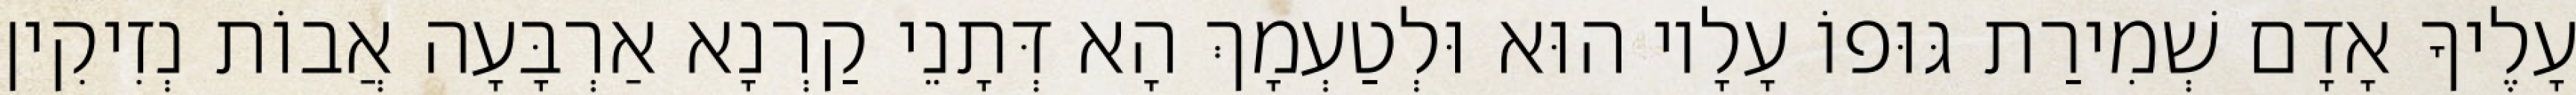
עָלֶיךָ אָדָם שְׁמִירַת גּוּפוֹ עָלָיו הוּא וּלְטַעְמָךְ הָא דְּתָנֵי קַרְנָא אַרְבָּעָה אֲבוֹת נְזִיקִין